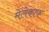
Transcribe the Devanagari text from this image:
मेलेकाफ